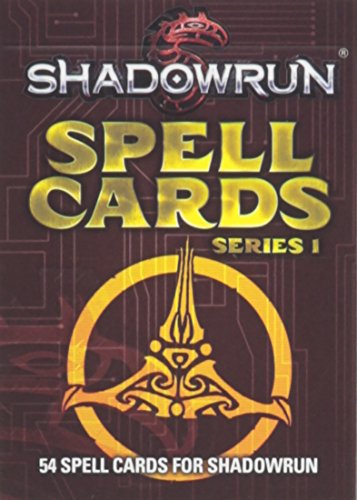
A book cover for Shadowrun Spell Cards Vol 1; Science Fiction & Fantasy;